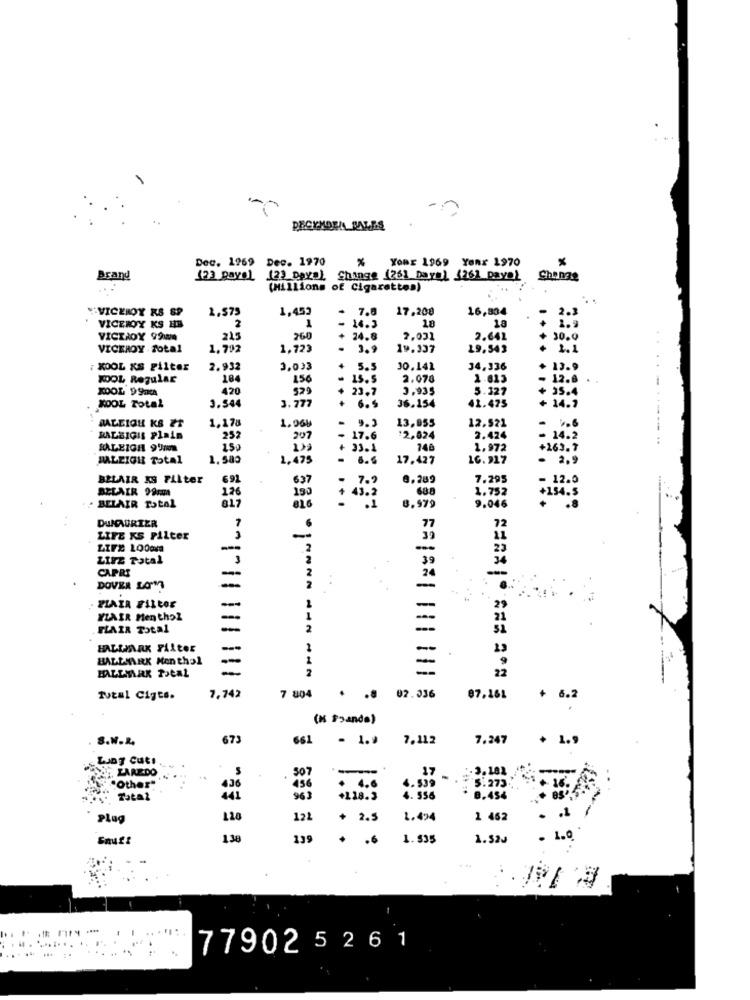
Dec. 1969 Dec. 1970
%
Your 1969 Yonr 1970
Brand
(23 paye) (2) Days), Change (261 Day ) {261 Day )
Change
(Millions of Cigarettes)
VICEROY RS 8P
2.$75
1,453
-
7.0
17.208
16,804
2.3
2
- 14.3
VICEROY KS HB
18
18
1.2
VICINOY 9900A
215
260
24.8
7,031
2.642
30.0
VICEROY .Sotal
1.792
1,723
3.9
19.337
19.543
KOOL KS Filter
2.932
2.033
4
5.5
10.141
34,336
+ 13.9
KOOL Regular
184
150
.
15.5
2.078
2.613
- 12.8
XOOL 99.
420
529
23.7
3.935
5.127
+ 35.4
36.154
41.475
+ 14.7
KOOL Total
3.544
3,777
+ 6.5
1,178
9.3
13,955
12.521
RALEIGH KS ET
1.96₺
4
RALEIGIS Plain
252
207
- 17.6
$2,624
2.424
- 14.3
RALEIGH 9'UN
250
+ 33.1
746
1.972
+ 263. 9
RALEIGH Total
1.583
1,475
- 6.6
17.427
16. 917
-"3;
BELAIR KS Filter
691
637
0.289
7.295
ACLAIR 99cm
176
150
68.8
1.752
· BELAIR Total
817
816
0.979
414.3
9.046
DUNAURTER
77
72
LIFE KS PiLter
-
39
LIFE 100OK
-=-
.2
23
LIFE Total
3
2
39
34
2
CAPRI
-
2
24
-
DOVER LOMM
-
-
ZIAIR FILLOE
-
1
-
29
YLAIR Nen thol
-
i
FLAIR Total
-
2
HALLMARK FALLOE
---
1
-
BALLMARK Men thal
-
1
-
--
2
22
Tutal Cigts.
7,742
7 804
. .. 02.036
87.161
+ 6.2
(K Foanda)
8.W.R.
673
661
- 1.9
7.112
7.247
+ 1.9
Lung Cut!
, LAREDO
507
17
2.3.182
"Other"
436
456
. 4.6
4.539
5.273
-Total
963
+118.3
4. 536
8.454
Plag
122
+ 2.5
1.494
1 462
130
139
. . 6
1.835
1.52J
1.0
. ..
.. * %
77902 5 261
..... ... ..